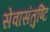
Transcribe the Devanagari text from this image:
सेवासंतुष्टि